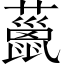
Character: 𧀨